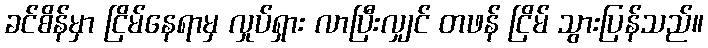
ခင်စိန်မှာ ငြိမ်နေရာမှ လှုပ်ရှား လာပြီးလျှင် တဖန် ငြိမ် သွားပြန်သည်။